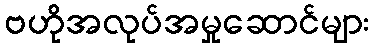
ဗဟိုအလုပ်အမှုဆောင်များ